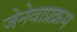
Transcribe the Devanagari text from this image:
जेनेवाप्रक्रम